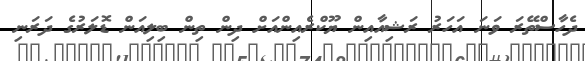
ދެހާސްތޭރަ ވަނަ އަހަރު ރަޝިއާއިން ޔޫކްރެއިންއަށް ދިން ތިން ބިލިއަން ޑޮލަރުގެ ދަރަނި